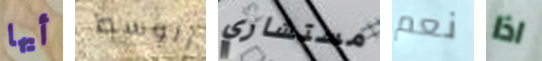
أيها الوسط مستشاري نعم اذا